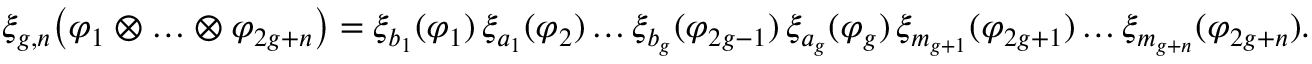
\begin{array} { r } { \xi _ { g , n } \bigl ( \varphi _ { 1 } \otimes \ldots \otimes \varphi _ { 2 g + n } \bigr ) = \xi _ { b _ { 1 } } ( \varphi _ { 1 } ) \, \xi _ { a _ { 1 } } ( \varphi _ { 2 } ) \ldots \xi _ { b _ { g } } ( \varphi _ { 2 g - 1 } ) \, \xi _ { a _ { g } } ( \varphi _ { g } ) \, \xi _ { m _ { g + 1 } } ( \varphi _ { 2 g + 1 } ) \ldots \xi _ { m _ { g + n } } ( \varphi _ { 2 g + n } ) . } \end{array}